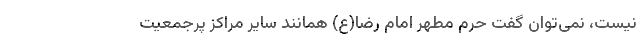
نیست، نمی‌توان گفت حرم مطهر امام رضا(ع) همانند سایر مراکز پرجمعیت